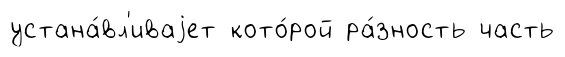
устана́вл'иваjет кото́рой ра́зность часть